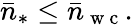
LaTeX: \bar{n}_{\ast}\leq\bar{n}_{\mathrm{~w~c~}}.